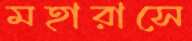
মহারাসে